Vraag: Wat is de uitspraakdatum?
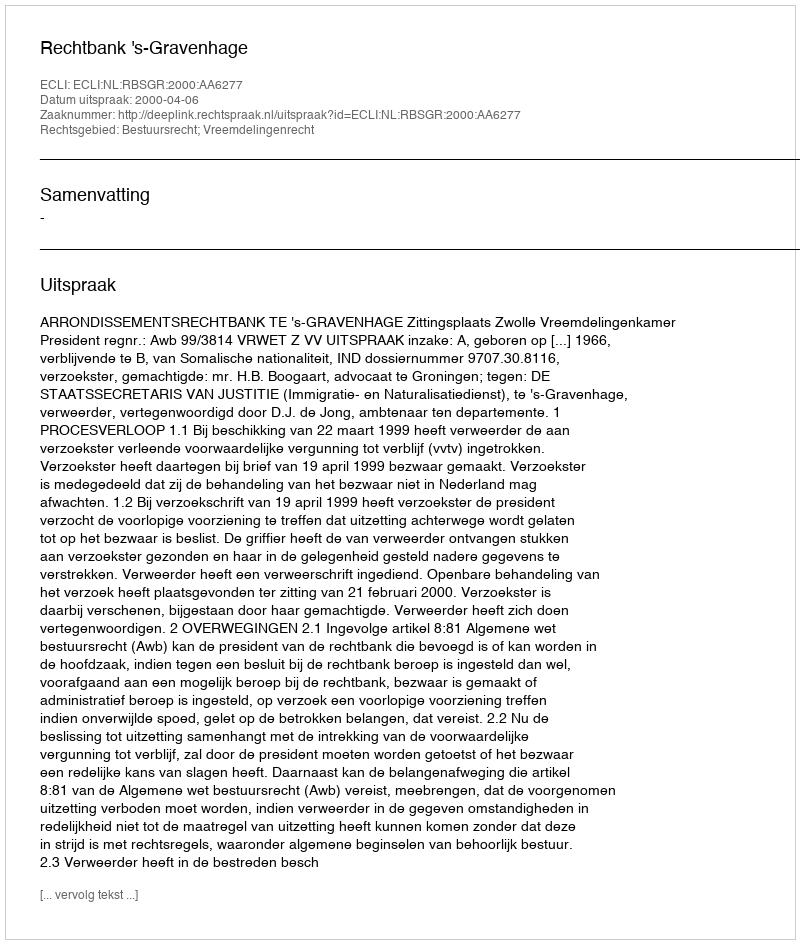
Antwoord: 2000-04-06